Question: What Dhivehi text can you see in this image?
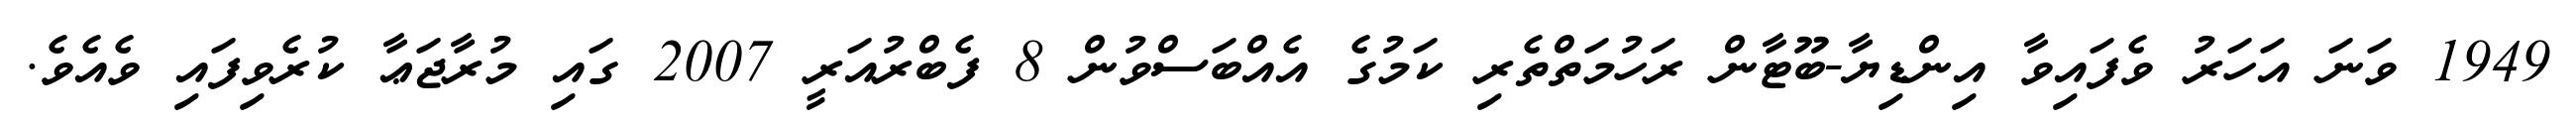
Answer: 1949 ވަނަ އަހަރު ވެފައިވާ އިންޑިޔާ-ބޫޓާން ރަހުމަތްތެރި ކަމުގެ އެއްބަސްވުން 8 ފެބްރުއަރީ 2007 ގައި މުރާޖަޢާ ކުރެވިފައި ވެއެވެ.